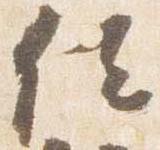
位